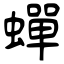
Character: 蟬